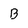
Character: B